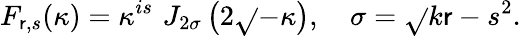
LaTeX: F_{\mathsf{r},s}(\kappa)=\kappa^{is}\, \, J_{2\sigma}\left(2\sqrt{}{{-\kappa}}\right),\quad\sigma=\sqrt{}{{k\mathsf{r}-s^{2}}}.